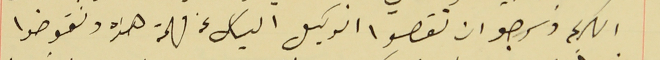
الكريم ونرجو ان تقصوا الوكيل الياس عن مهمته هذه وتفوضوا